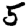
Digit: 5